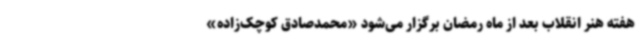
هفته هنر انقلاب بعد از ماه رمضان برگزار می‌شود «محمدصادق کوچک‌زاده»